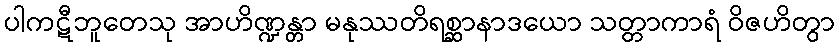
ပါကဋီဘူတေသု အာဟိဏ္ဍန္တာ မနုဿတိရစ္ဆာနာဒယော သတ္တာကာရံ ဝိဇဟိတွာ